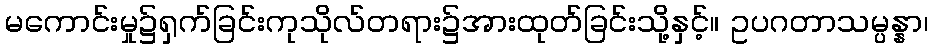
မကောင်းမှု၌ရှက်ခြင်းကုသိုလ်တရား၌အားထုတ်ခြင်းသို့နှင့်။ ဥပဂတာသမ္ပန္နာ၊